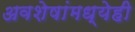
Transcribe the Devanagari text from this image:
अवशेषांमध्येही